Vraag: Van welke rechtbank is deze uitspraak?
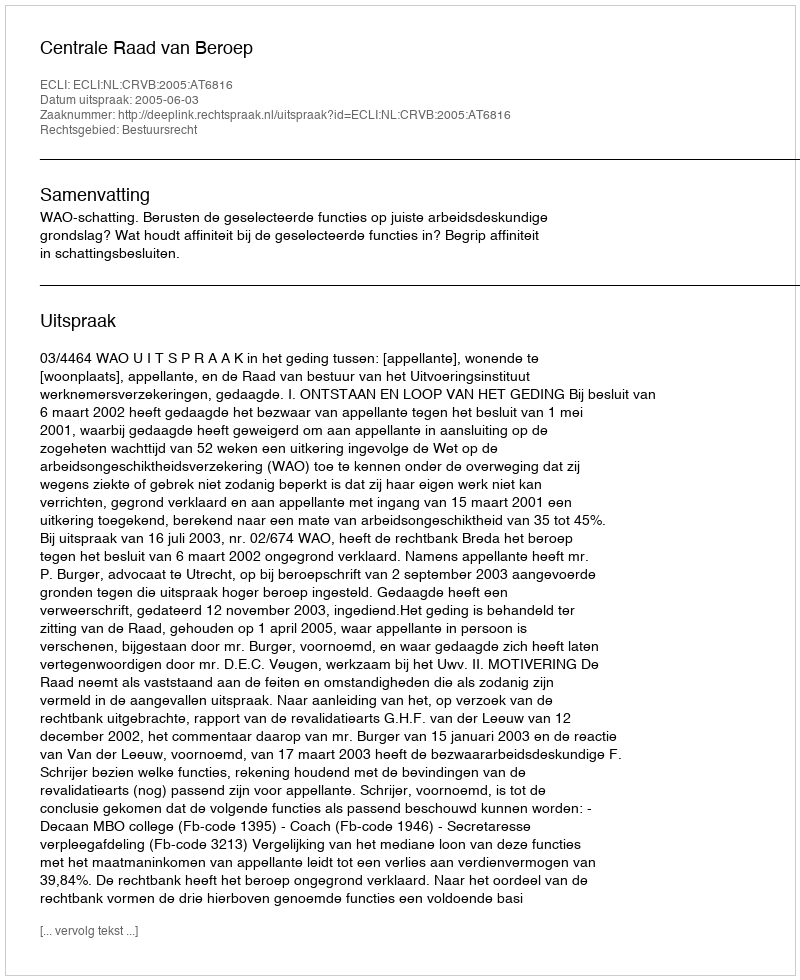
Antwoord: Centrale Raad van Beroep